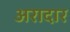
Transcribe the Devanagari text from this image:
अरादार